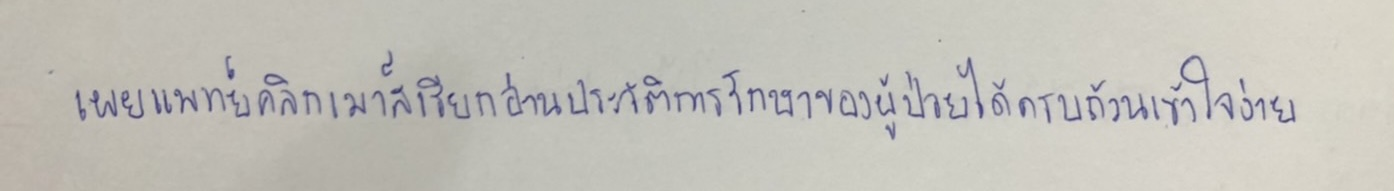
เผยแพทย์คลิกเมาส์เรียกอ่านประวัติการรักษาของผู้ป่วยได้ครบถ้วนและเข้าใจง่าย